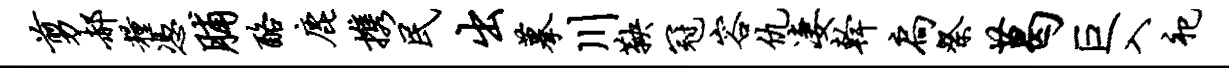
剪郝粮凭脯酪鹿携民出摹川鞅冠容仇凄干扃祭葛巨入祀